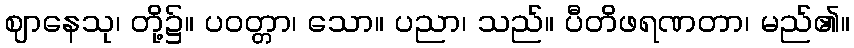
ဈာနေသု၊ တို့၌။ ပဝတ္တာ၊ သော။ ပညာ၊ သည်။ ပီတိဖရဏတာ၊ မည်၏။